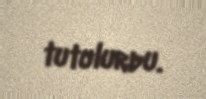
tutulurdu.